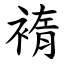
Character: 䙃